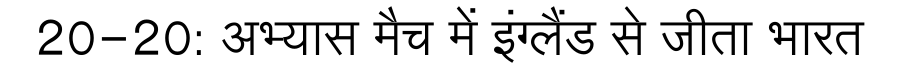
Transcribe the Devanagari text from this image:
20-20: अभ्यास मैच में इंग्लैंड से जीता भारत